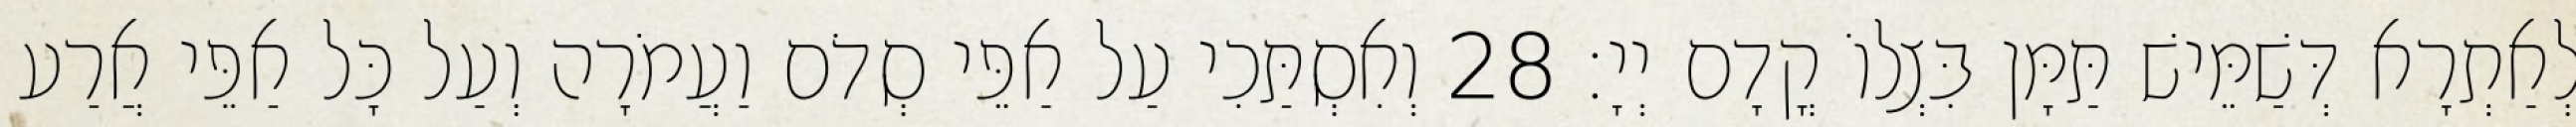
לְאַתְרָא דְּשַׁמֵּישׁ תַּמָּן בִּצְלוֹ קֳדָם יְיָ׃ 28 וְאִסְתַּכִי עַל אַפֵּי סְדֹם וַעֲמֹרָה וְעַל כָּל אַפֵּי אֲרַע